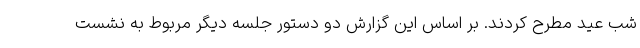
شب عید مطرح کردند. بر اساس این گزارش دو دستور جلسه دیگر مربوط به نشست